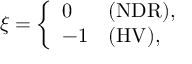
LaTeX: \xi = \left\{ \begin{array} { l l } { { 0 } } & { { \mathrm { ( N D R ) } , } } \\ { { - 1 } } & { { \mathrm { ( H V ) } , } } \end{array} \right.